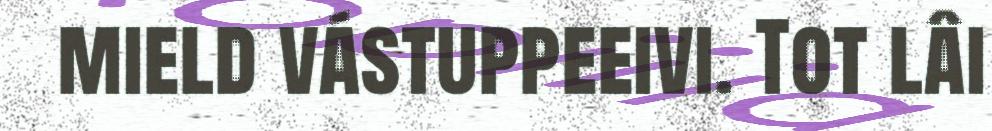
mield vástuppeeivi. Tot lâi